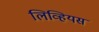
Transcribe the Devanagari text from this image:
लिव्हियस